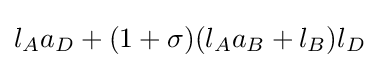
l_{A}a_{D}+(1+\sigma )(l_{A}a_{B}+l_{B})l_{D}